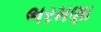
ભરમણા